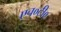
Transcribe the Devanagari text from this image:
एच०टी०